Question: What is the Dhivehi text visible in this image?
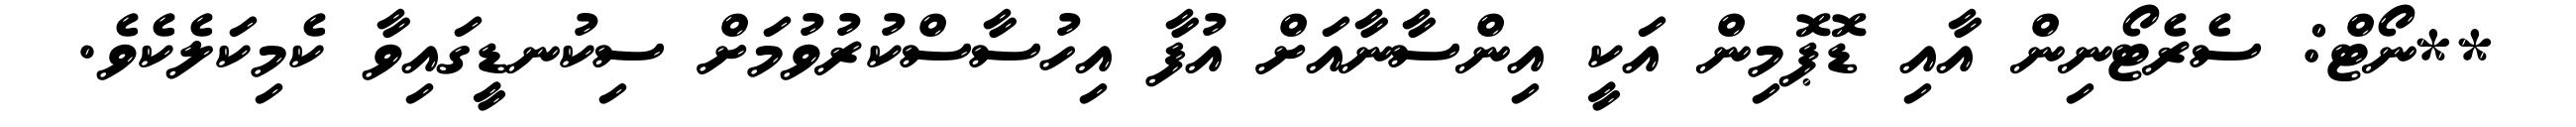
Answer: **ނޯޓް: ސެރެޓޯނިން އާއި ޑޮޕޮމިން އަކީ އިންސާނާއަށް އުފާ އިހުސާސްކުރުވުމަށް ސިކުނޑީގައިވާ ކެމިކަލެކެވެ.